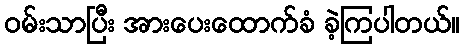
ဝမ်းသာပြီး အားပေးထောက်ခံ ခဲ့ကြပါတယ်။